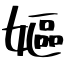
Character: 嫗